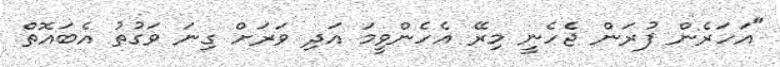
"އަހަރެން ފުރަން ޖެހެނީ މިރޭ އެހެންވީމަ އަދި ވަރަށް ގިނަ ވަގުތު އެބައޮތް